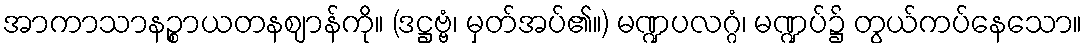
အာကာသာနဉ္စာယတနဈာန်ကို။ (ဒဋ္ဌဗ္ဗံ၊ မှတ်အပ်၏။) မဏ္ဍပလဂ္ဂံ၊ မဏ္ဍပ်၌ တွယ်ကပ်နေသော။